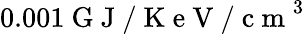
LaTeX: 0.001\mathrm{~G~J~/~K~e~V~/~c~m~}^{3}